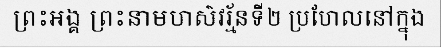
ព្រះអង្គ ព្រះនាមហស៌វរ្ម័នទី២ ប្រហែលនៅក្នុង